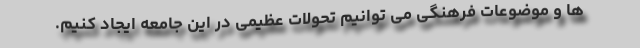
ها و موضوعات فرهنگی می توانیم تحولات عظیمی در این جامعه ایجاد کنیم.